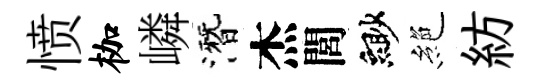
愤枷嶙潛杰閭緲絶紡